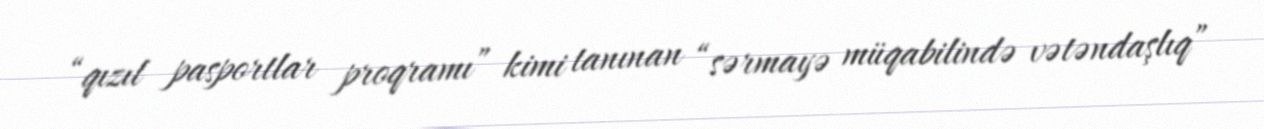
“qızıl pasportlar proqramı” kimi tanınan “sərmayə müqabilində vətəndaşlıq”